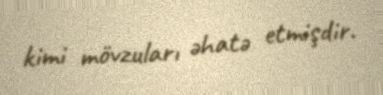
kimi mövzuları əhatə etmişdir.